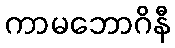
ကာမဘောဂိနီ